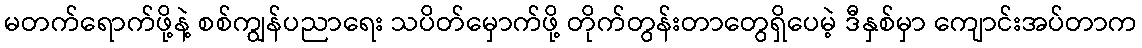
မတက်ရောက်ဖို့နဲ့ စစ်ကျွန်ပညာရေး သပိတ်မှောက်ဖို့ တိုက်တွန်းတာတွေရှိပေမဲ့ ဒီနှစ်မှာ ကျောင်းအပ်တာက